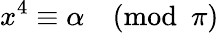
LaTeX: x^{4}\equiv\alpha{\pmod{\pi}}